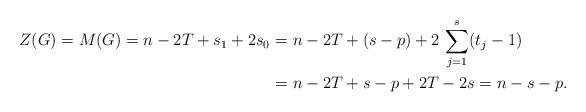
LaTeX: \begin{align*} Z(G)=M(G)= n-2T+s_1+2s_0=&~ n-2T+(s-p)+2\,\sum_{j=1}^s (t_j-1)\\ =&~ n-2T+s-p+2T-2s=n-s-p. \end{align*}